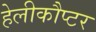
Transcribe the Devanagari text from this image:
हेलीकौप्टर